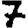
Digit: 7